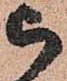
被